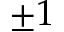
\pm 1